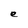
Character: e